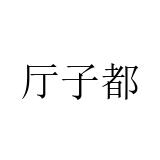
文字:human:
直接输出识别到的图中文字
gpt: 厅子都